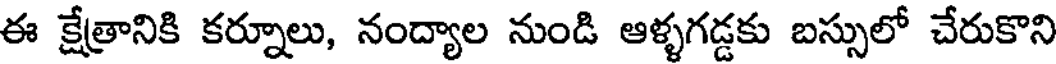
ఈ క్షేత్రానికి కర్నూలు, నంద్యాల నుండి ఆళ్ళగడ్డకు బస్సులో చేరుకొని